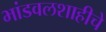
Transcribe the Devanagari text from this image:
भांडवलशाहीचे